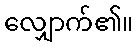
လျှောက်၏။